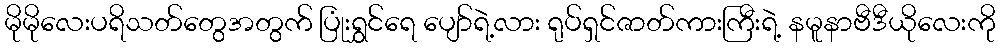
မိုမိုလေးပရိသတ်တွေအတွက် ပြုံးရွှင်ရေ ပျော်ရဲ့လား ရုပ်ရှင်ဇာတ်ကားကြီးရဲ့ နမူနာဗီဒီယိုလေးကို